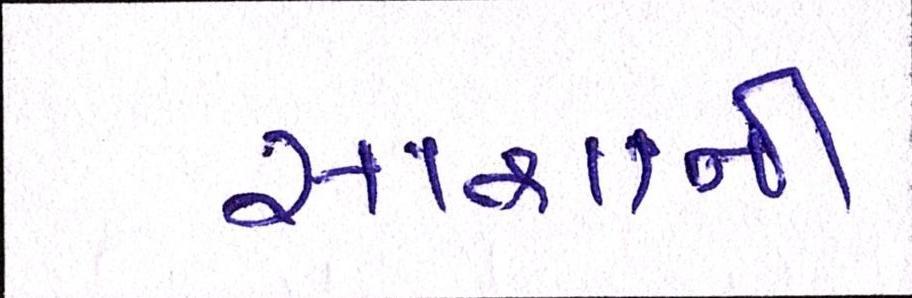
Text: સાશાની